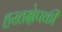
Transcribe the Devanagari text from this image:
हस्तक्षेपकी